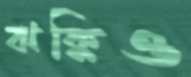
ঝক্কিও